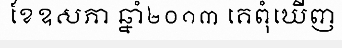
ខែឧសភា ឆ្នាំ២០១៣ គេពុំឃើញ